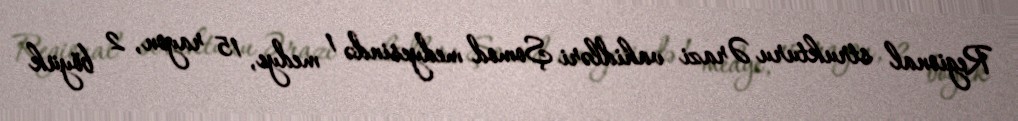
Regional strukturu Ərazi vahidləri Şomod medyesində 1 medye, 15 rayon, 2 böyük